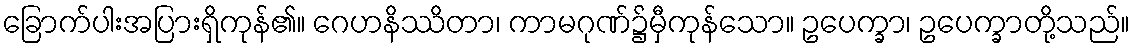
ခြောက်ပါးအပြားရှိကုန်၏။ ဂေဟနိဿိတာ၊ ကာမဂုဏ်၌မှီကုန်သော။ ဥပေက္ခာ၊ ဥပေက္ခာတို့သည်။